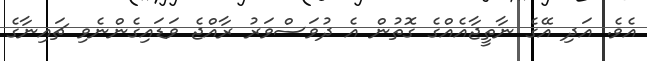
އެވެ. އަދި އޭގެ ނާތީޖާއެއްގެ ގޮތުން އެ ދުވަސްވަރު ރާއްޖެ ވަޑައިގެންނެވި ޗައިނާގެ